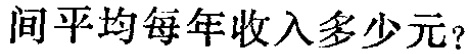
间平均每年收入多少元？